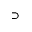
\supset